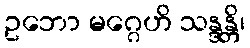
ဥဘော မဂ္ဂေဟိ သန္ဒန္တိ၊